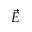
\vec { E }